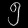
Digit: ၅